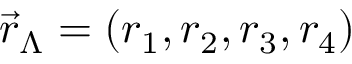
\vec { r } _ { \Lambda } = ( r _ { 1 } , r _ { 2 } , r _ { 3 } , r _ { 4 } )